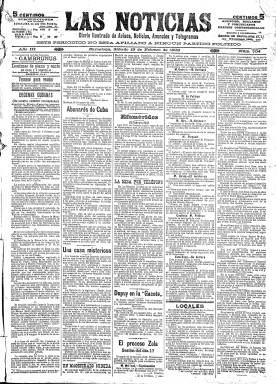
Título: Las Noticias (Barcelona)
Colección: Periódicos
Ámbito geográfico: Barcelona
Lugar de publicación: Barcelona
Fechas: 19/02/1898-31/12/1902

Aparece su primer número el 15 de marzo de 1896, con el subtítulo “diario de la noche, de avisos, noticias y telegramas”, siendo su propietario y fundador quien será considerado como el pionero de los centros de anuncios comerciales de prensa en Cataluña, Rafael Roldós Viñolas (1846-1918), cuya empresa familiar acabará convirtiéndose en la agencia de publicidad en activo más antigua del mundo: Roldós, S.A. Su primer director será el andaluz Rafael Guerrero Carmona (1870-19--), y pasará pronto a ser compuesto de cuatro a seis columnas en un formato de gran folio, para convertirse en uno de los principales y más populares diarios barceloneses, a lo que ayudó la publicación, desde mayo de ese año 1896, de las Memorias de un reo de muerte, de Silvestre Lluís, mientras esperaba su ejecución.

La colección de este título en la Biblioteca Nacional de España contiene desde el 29 de febrero de 1898 al 31 de diciembre de 1902, cuando es ya un “diario ilustrado” e indicaba también en su cabecera que “este periódico no está afiliado a ningún partido político”, aunque tenía un carácter progresista. En ese año 1898 estaba publicando una serie informativa bajo el epígrafe El proceso de Zola y unas crónicas de su redactor corresponsal Heriberto Riera tituladas Decenas cubanas, y a lo largo del mismo mantendrá así mismo una fuerte pugna con El Noticiero universal (1888) por la hegemonía de los lectores barceloneses. Sufrirá denuncias en 1902 por las críticas que lanzará contra al entonces gobernador en Barcelona, Miguel Socías.

Como periódico eminentemente noticioso, estructuró sus contenidos en secciones encabezadas con breves epígrafes, como los siguientes: Efemérides, Locales, Políticas, Oficiales, Judiciales, Marítimas, Militares, Municipales, Regionales, Religiosas, Lonja, Revista comercial, Boletín bursátil, Diversiones públicas, Sección telegráfica y telefónica (de corresponsales especiales), empezando por la de Colaboración, entre cuyas firmas aparecerán las de Miguel de Unamuno, José Martínez Ruiz (Azorín), Pío Baroja, Alejandro Sawa Martínez, Dionisio Pérez o Pablo Iglesias, entre otras. También tiene sección dedicada a deportes y los faldones de las últimas planas las dedica al folletín, además de a anuncios comerciales, que también insertará en la primera.

En 1903 pasará, de vespertino, a ser matutino. Será uno de los primeros diarios que cuente con un reportero gráfico –Sánchez Manzano–, que en agosto de 1909 publicará imágenes de los conventos quemados durante la Semana Trágica. Es también en este mismo año cuando el salmantino Juan Barco y Cosme (1858-1927) se hizo cargo de su dirección, centrándose ideológicamente en torno al liberalismo, y cuando Josep Pla –aunque sólo por quince días– trabaje por vez primera en un periódico, al hacerlo en el del emprendedor Roldós Viñolas, que formó una de las más destacadas familias de la burguesía catalana de la época.

Según las estadísticas oficiales de prensa, en 1913, y con La Vanguardia como primer periódico barcelonés en tirada, Las Noticias ocupa la segunda posición –con 40.000 ejemplares–, puesto que sólo baja un escalón en 1920 (con 50.000 ejemplares) y en 1935 (otra vez, con 40.000). Tras la muerte de su fundador, la empresa editora pasaría a manos de sus hijos, Rafael y Ruperto Roldón Gómez.

Hasta 1925, año en el que resaltaba de nuevo su indicación de que era un “diario ajeno a toda tendencia política”, fueron redactores jefe Lluís Almerich y Josep Miró Folguera; entre sus redactores se encontraron Manuel del Corral, Ramón Orts Ramos, Ferran Agulló, Xavier Godo, Adolfo Marsillac o Rafael Moragas; y entre sus colaboradores, Juan José Morato, Ramiro de Maeztu, José Echegaray, Edmundo d’Amicis, Rubén Darío, Leopoldo Alas o Eugenio D’Ors, entre otros.

A partir de 1925 lo dirige Alfredo Pallardo (1855-1928). Desde 1929 pasará a tener 16 páginas y a estar dirigido por José León Fernández Coca; en 1936 reduce sus páginas a la docena y en julio de este año toma la dirección su redactor Gabriel Trillas, y desde 1938 a 1939, Ferran Bertrán Aumatell. En este periodo será redactor jefe Josep Rosell, se incorpora Torrents, como fotógrafo, y Rivero Gil, como dibujante, y entre sus colaboradores estuvieron Josep Carner, Regina Opisso, Ramón Pérez de Ayala, Juan Ramón Jiménez o María Teresa León, entre otros. El 24 de abril de 1937 publicaba una entrevista a la líder comunista Dolores Ibárruri (La Pasionaria).

Si al comenzar 1936 se había declarado en su subtítulo “diario independiente””, tras estallar la guerra civil, sus instalaciones quedaron en manos de la Unión General de Trabajadores, adoptando, en noviembre de ese año, el subtítulo “diario al servicio del pueblo”. A partir de enero de 1937, será “portavoz” y desde julio “órgano” oficial del citado sindicato. Su último número se publicará el 24 de enero de 1939. Trillas, uno de sus directores durante la guerra, pasará al exilio en Colombia, donde continuará su labor periodística, y contra la propiedad del diario se abrirá un proceso de incautación de sus instalaciones por el nuevo régimen dictatorial.

Bibliografía de referencia para este título es la obra 200 anys de prensa diària a Catalunya (1995), y para el periodo de la guerra civil la de María Campillo y Esther Centelles (1979). Carolina Serra Folch ha realizado su tesis doctoral en 2015 sobre la obra y legado de Roldós Viñolas. Sobre los artículos de Miguel de Unamuno en Las Noticias, véase el trabajo de Sotelo Vázquez (1993).

Está pendiente de digitalización la colección de este título en la BNE correspondiente al periodo 1936-1939.